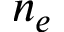
n _ { e }